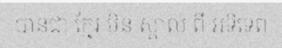
បានជា ក្មែរ មិន ស្គាល់ ពី អទិទេព